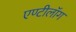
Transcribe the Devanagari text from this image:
एण्टीलॉग